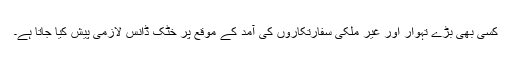
کسی بھی بڑے تہوار اور غیر ملکی سفارتکاروں کی آمد کے موقع پر خٹک ڈانس لازمی پیش کیا جاتا ہے۔